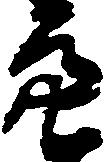
亮